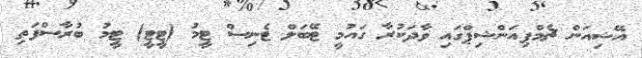
އޭޝިއަން ޗެމްޕިއަންޝިޕްގައި ވާދަކުރާ ގައުމީ ޓޭބަލް ޓެނިސް ޓީމު (ޓީޓީ) ޓީމު ބުރާސްފަތި